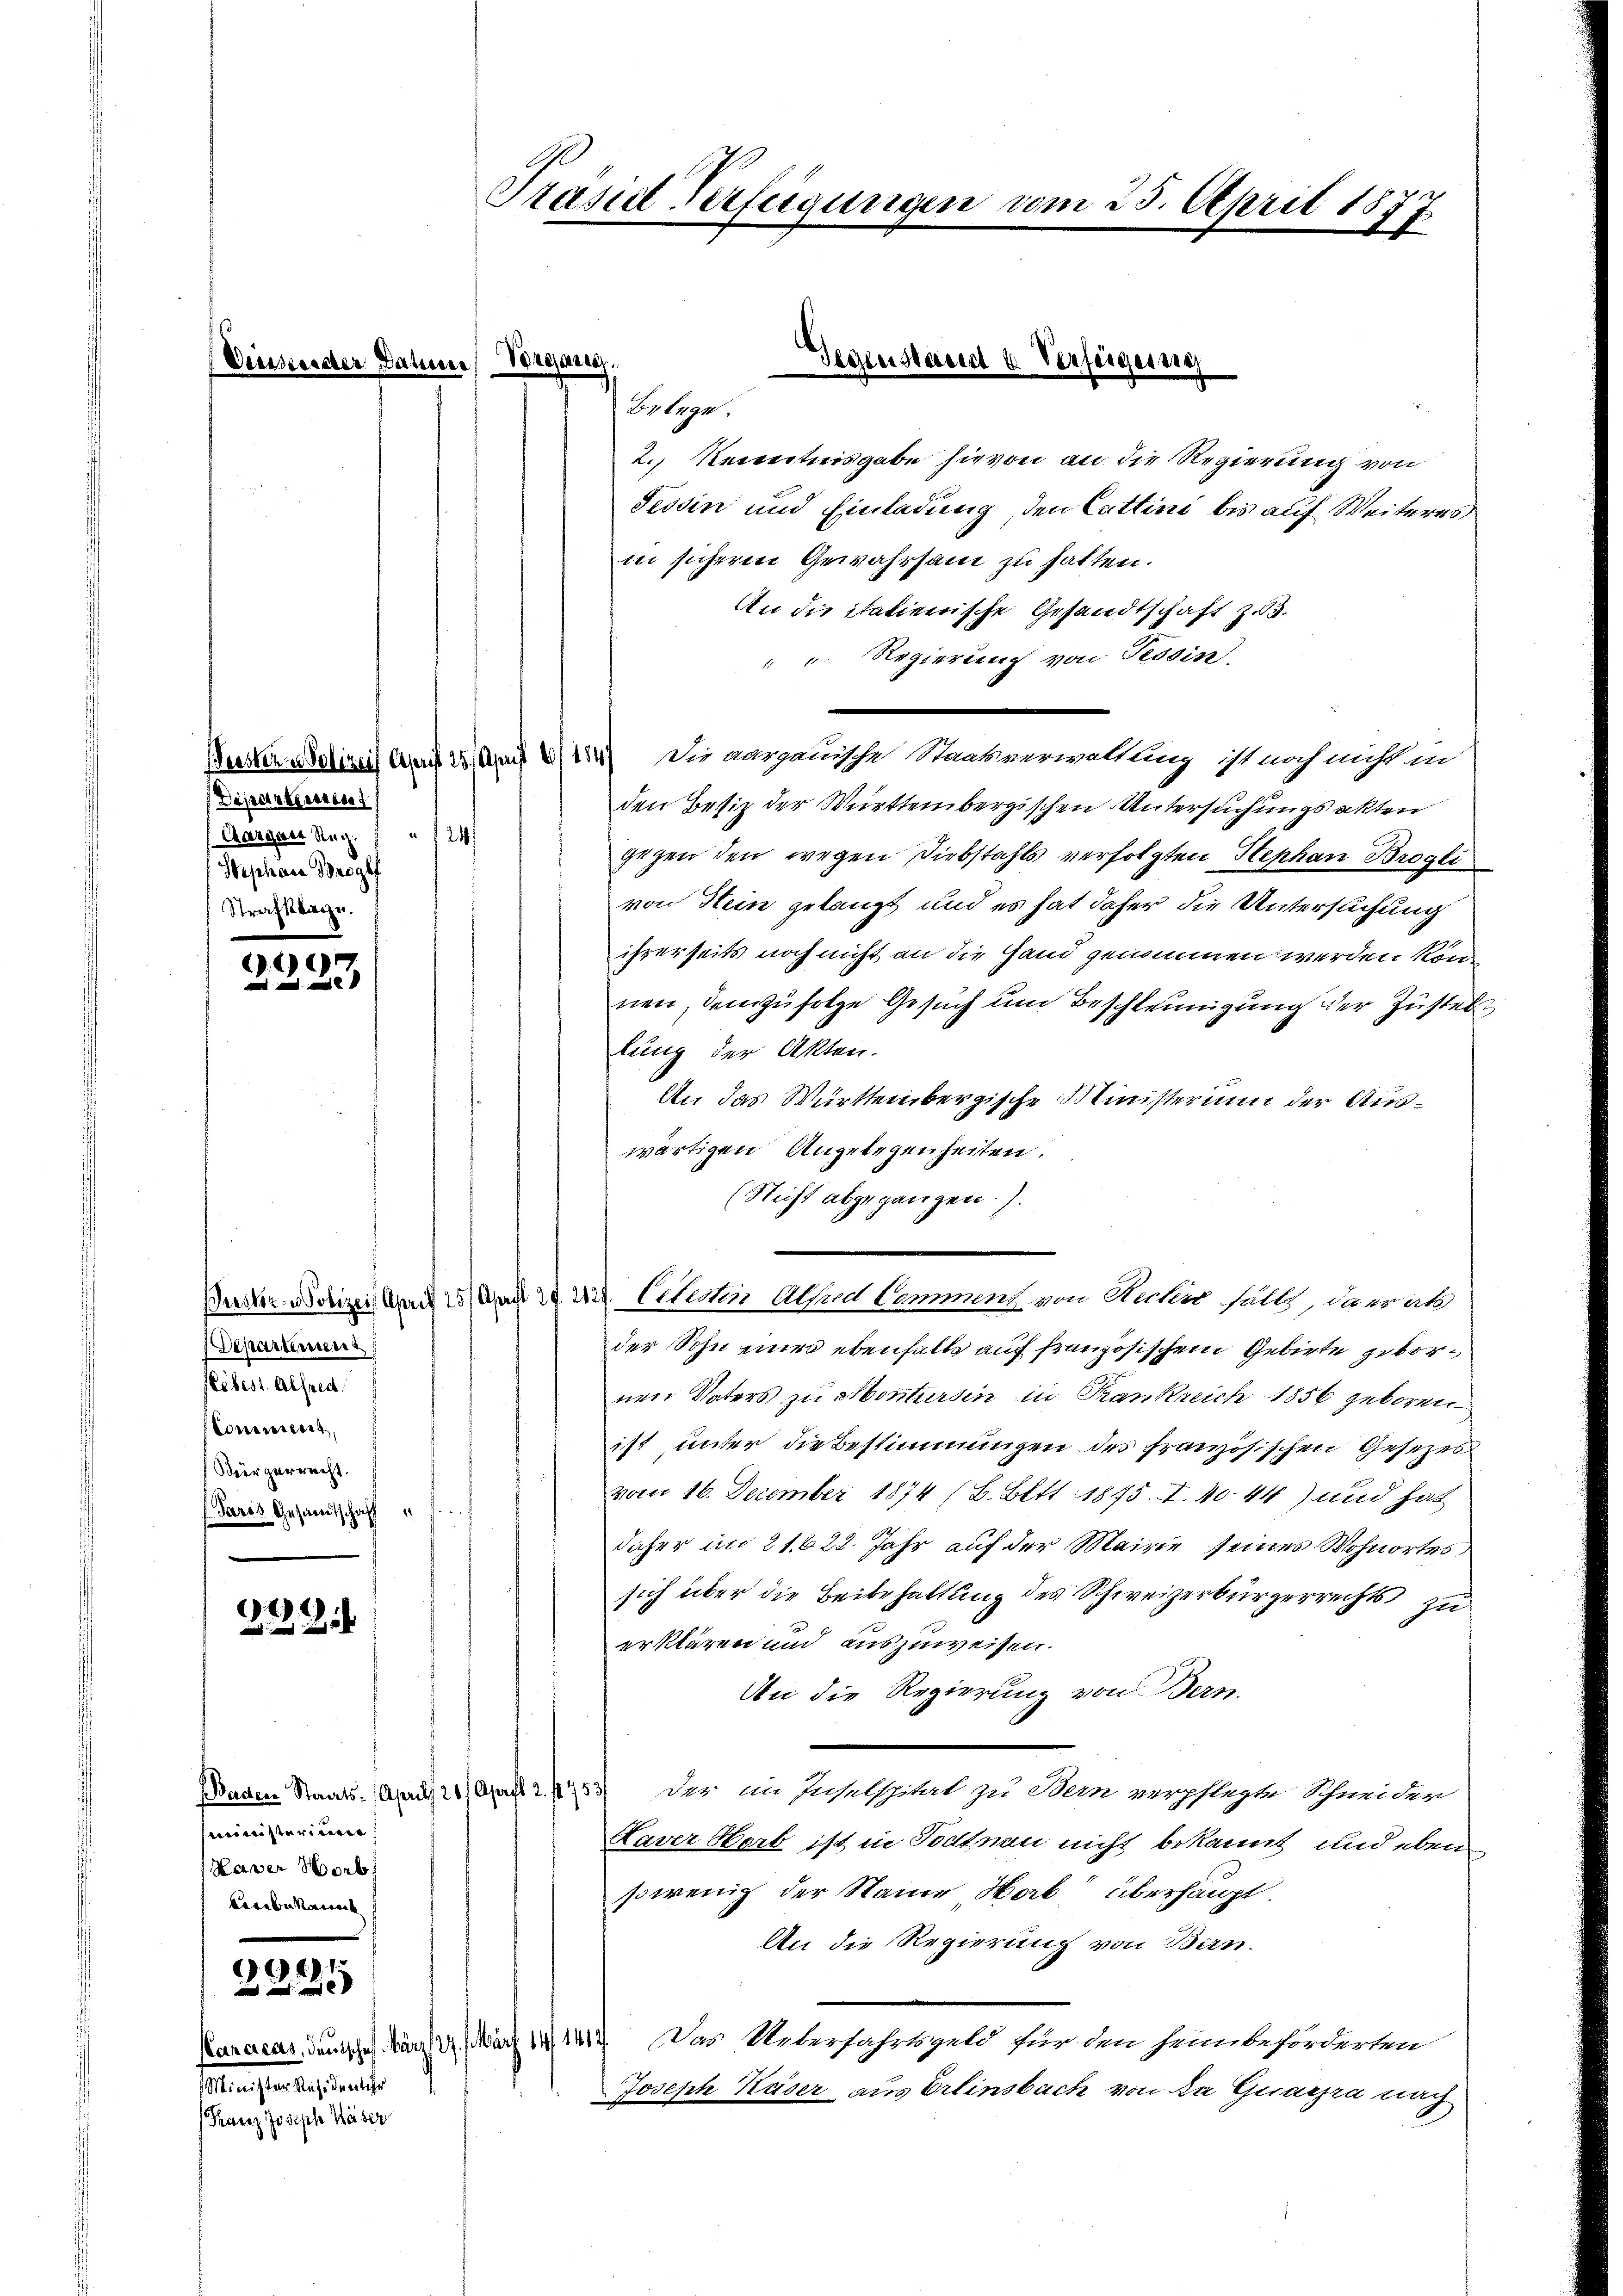
Dersender

Departieren
Aargaer Reg.    "   24
Wephan Broglf
Strafklage.

29

Departement
slebest. Alfred
Commissens,
Bürgerrecht.
Paris Gesandtschaft "

e
2xx

seministerium
Haver Worb
Coribukannt

stung eine serait
Franz Joseph Weiser

G1

2., Kenntnisgabe sie von an die Regierung von
Tessin und Einladung den Cattini bis auf Weiteres
in sicheren Gewahrsam zu hatten.
An die italienische Gesandtschaft z.3.
 " Regierung von Tessin.
Kuster solizeit Am 25. April 184) Die aargauische Maatsverwaltung ist noch nicht in
den Besiz der Württembergischen Untersuchungsakten
gegen den wegen Diebstahls verfolgten Stephan Brogli
von Hein gelangt und es hat daher die Untersuchung
ihrerseits noch nicht an die Hand genommen werden könn
nen, dem zufolge Gesuch um Beschleunigung der Zustel
lung der Akten.
An das Württembergische Ministerium der Auswärtigen Angelegenheiten.
(Nicht abgegangen. J.
Puster Waizen und 2 und in Citatin Altad Comment von Necki soll, da er al
der Sohn mir ebenfalls auf französischem Gebiete gebornen Vaters zu Montursin in Frankreich 1856 geboren
ist, unter die Bestimmungen der französischen Gesezes
vom 16. Dezember 1874 (B. Bitt 1875. I. 40. 44) und hat
daher im 21.622. Jahr auf der Mairie seiner Wohnortes
sich über die Beibehaltung des Schweizerbürgerrechts zu
erklären und auszuweisen.
An die Regierung von Bern.
Baden Staats-Apr 21. April 2. 1453 der im Inselspital zu Dein verpflegte Schneider
Xaver Herb ist in Todtnau nicht bekannt und eben
sowenig der Name Hab überhaupt.
An die Regierung von Ban
Karacas, deutschen März 1. März 191417. Das Ueberfahrtsgeld für den sein beförderten
Joseph Kaiser aus Ereinsbach von Da Guarzra nach

Präsid Verfügungen vom 25. April 1871

Gegenstand u. Verfügung
Datiere Begang.
Belege.